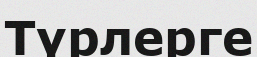
Түрлерге